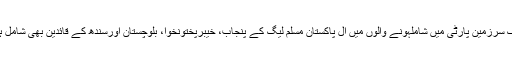
پاک سرزمین پارٹی میں شاملہونے والوں میں آل پاکستان مسلم لیگ کے پنجاب، خیبرپختونخوا، بلوچستان اورسندھ کے قائدین بھی شامل ہیں۔